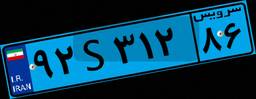
۹۲S۳۱۲۸۶